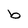
Character: b